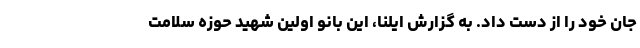
جان خود را از دست داد. به گزارش ایلنا، این بانو اولین شهید حوزه سلامت